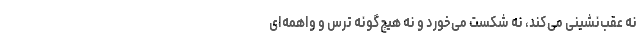
نه عقب‌نشینی می‌کند، نه شکست می‌خورد و نه هیچ‌گونه ترس و واهمه‌ای